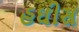
હઘીસ